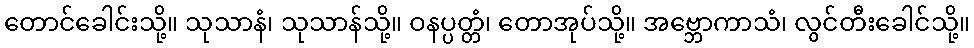
တောင်ခေါင်းသို့။ သုသာနံ၊ သုသာန်သို့။ ဝနပ္ပတ္တံ၊ တောအုပ်သို့။ အဗ္ဘောကာသံ၊ လွင်တီးခေါင်သို့။